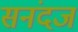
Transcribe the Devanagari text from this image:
सनंदज